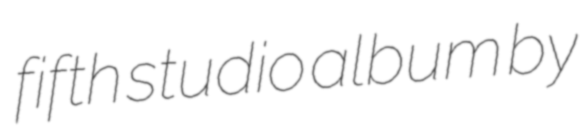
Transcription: fifth studio album by